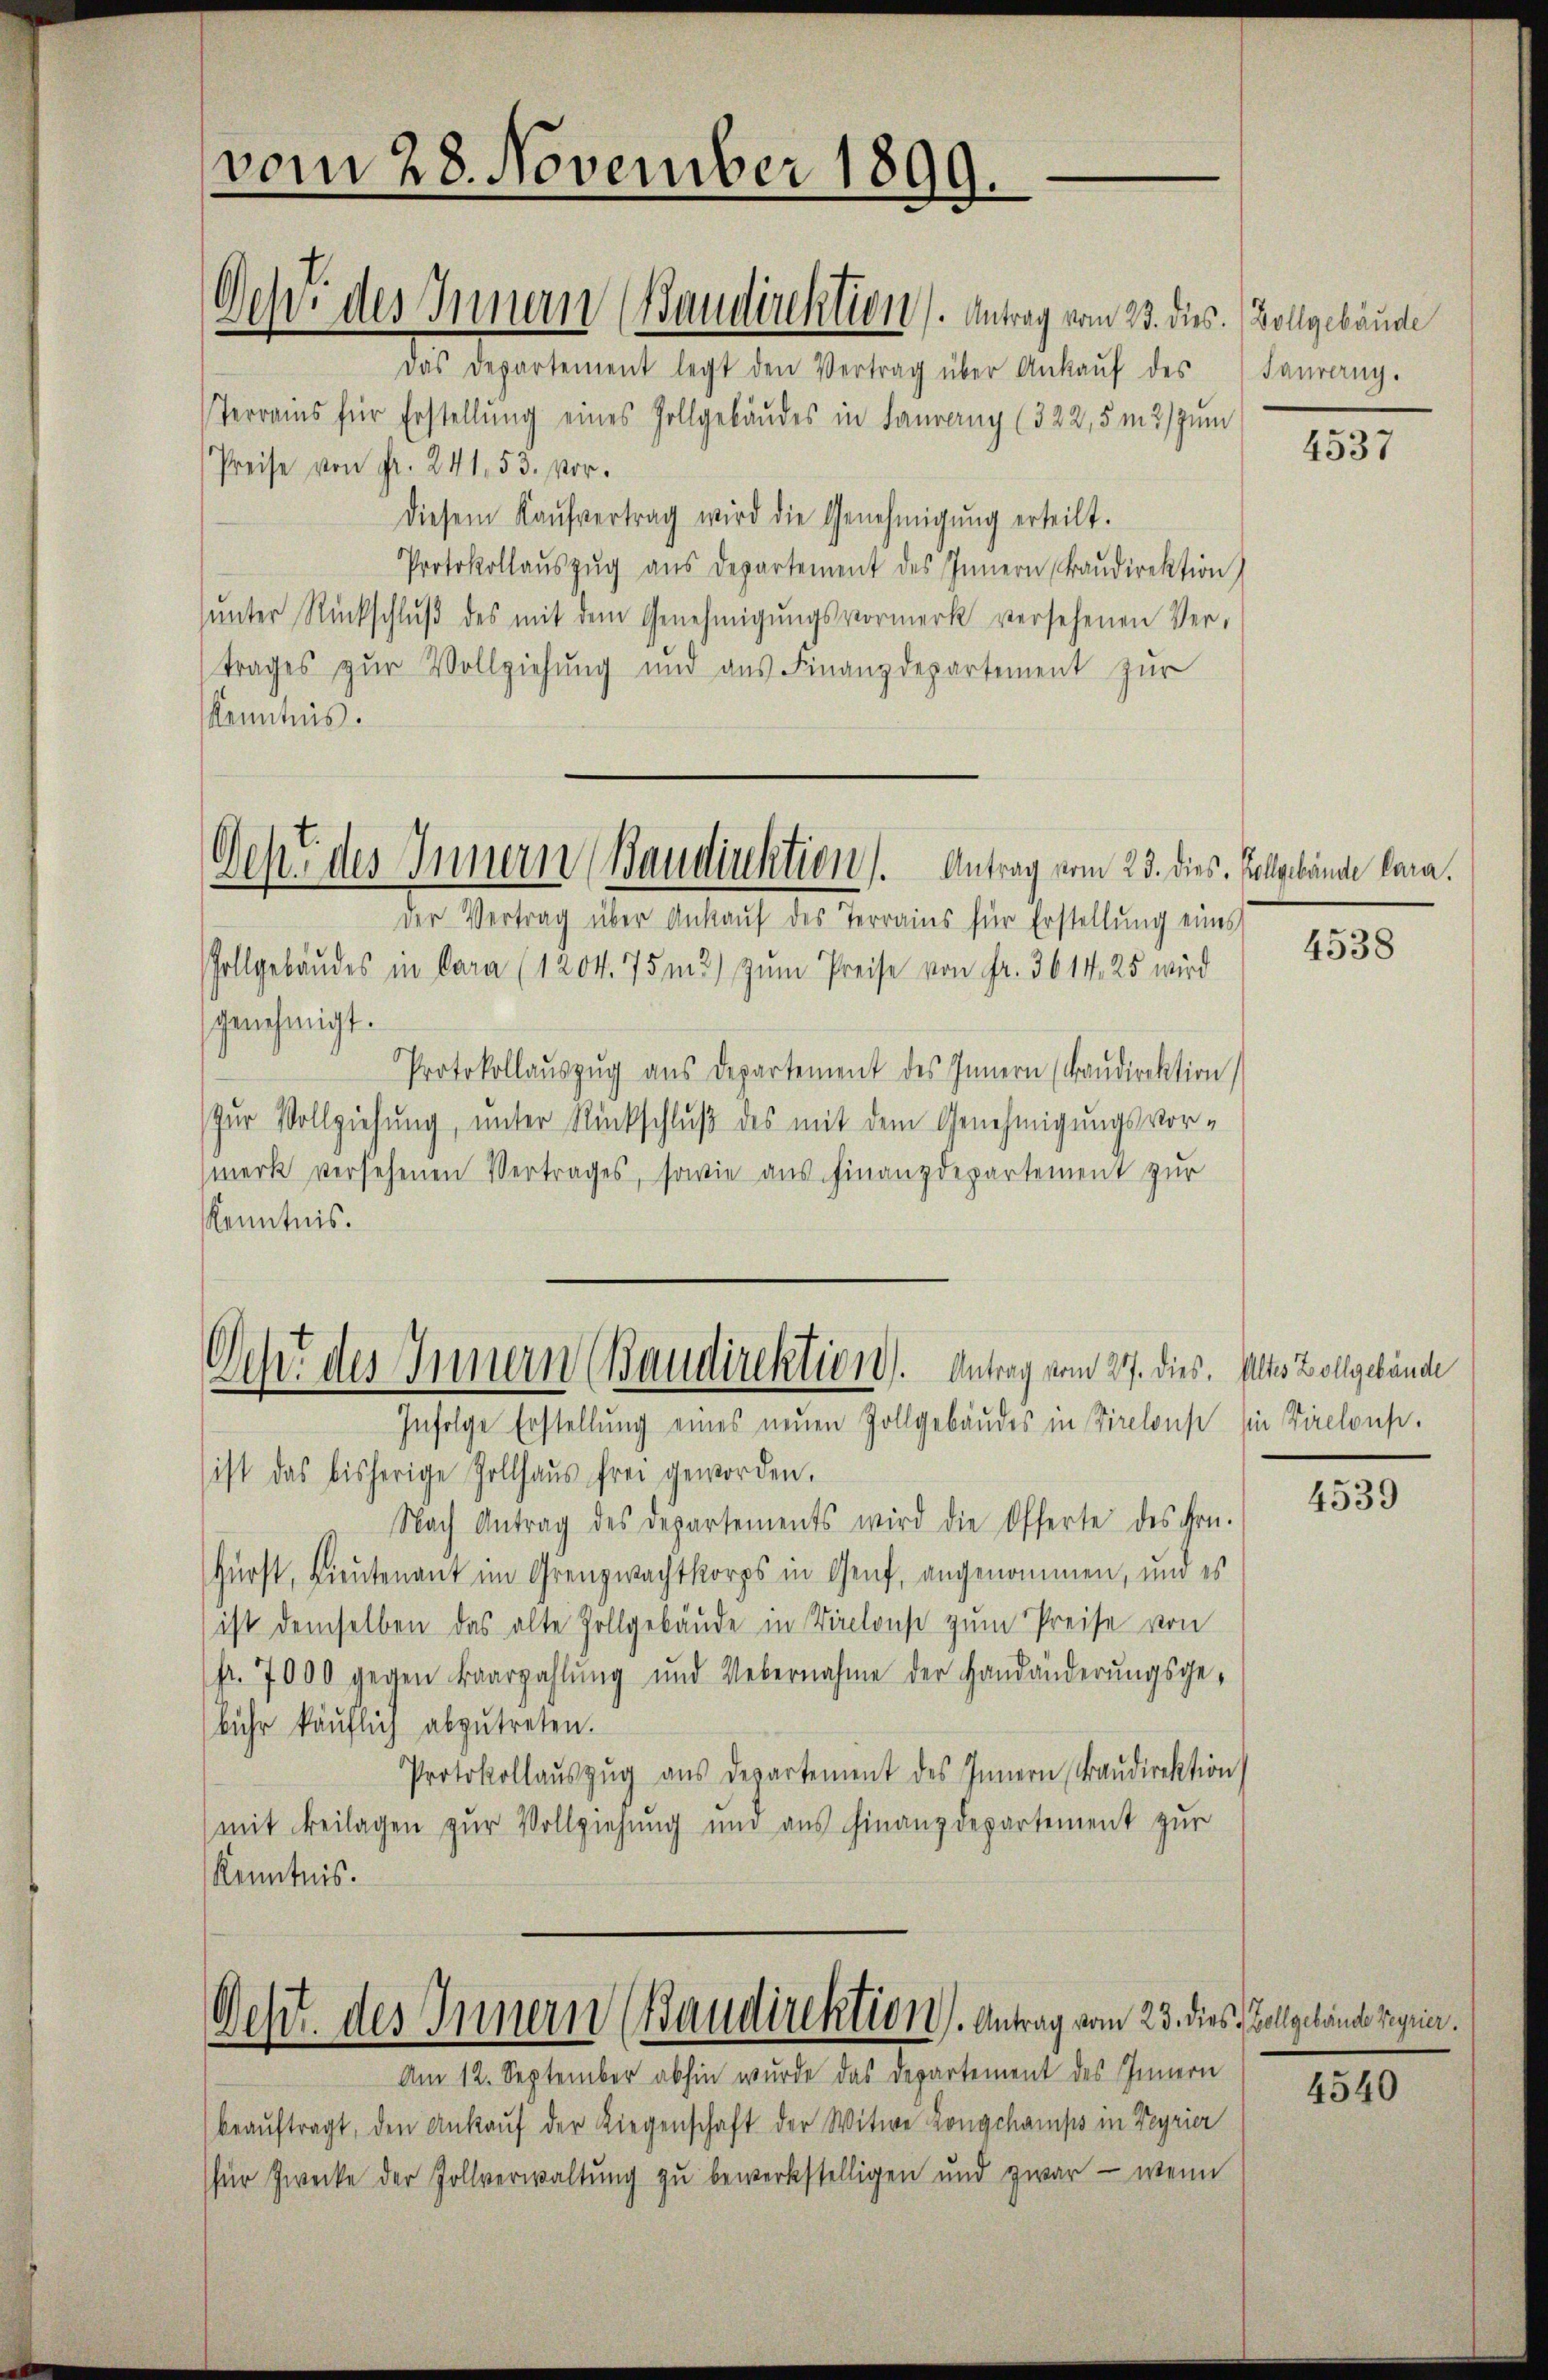
vom 28. November 1899.

Ochi des Innern (Baudirektion. Antrag vom 23. dies. Zollgebäude

Dehe des Innern Baudirektion). Antrag vom 23. dies, Folgelände bona.

das Departement legt den Vertrag über Ankaŭf des
Terrains für Erstellung eines Zollgebäudes in Laureny (322,5 m 2) zum
Preise von Fr. 241. 53. Vor-
diesem Kaŭfvertrag wird die Genehmigŭng erteilt.
Protokollaŭszŭg aŭs departement des Innern Baŭdirektion
ŭnter Rückschlŭβ des mit dem Genehmigŭngsvormerk versehenen Ver-
trages zur Vollziehung und aus Finanzdepartement zur
Kenntnis.
der Vertrag über Ankauf des Terrains für Erstellung eines
Zollgebäudes in Para (1204. 75m 2) zŭm Preise von Fr. 3614, 25 wird
genehmigt.
Protokollaŭszŭg aŭs departement des Innern (Baŭdirektion
Zur Vollziehung, unter Rückschluß des mit dem Genehmigungsvor¬
(merk versehenen Vertrages, sowie aus Finanzdepartement zur
Kenntnis.
Och des Innern (Baudirektion). Antrag vom 27. dies. Alles Zollgebäude
Infolge Erstellung eines neuen Zollgebäudes in Tirelous sie Virclous.
ist das bisherige Zollhaŭs frei geworden.
Nach Antrag des Departements wird die Offerte des Hrn.
Fürst, Lieutenant im Grenzwachtkorps in Genf, angenommen, und es
ist demselben das alte Zollgebäude in Vinclons zum Preise von
fr. 7000 gegen Baarzahlung und Uebernahme der Handänderungsgebŭhr käŭflich abzŭtreten.
Protokollaŭszŭg aŭs departement des Innern, Baŭdirektion
mit Beilagen zur Vollziehung und aus Finanzdepartement zur
Kenntnis.

Seht des Innern (Baudirektion. Antrag vom 23. dies Vollgelone regier

Am 12. September abhin wurde das Departement des Innern
beaŭftragt, den Ankaŭf der Liegenschaft der Witwe Longchamps in Feyrier
für Zwecke der Zollverwaltung zu bewerkstelligen und zwar - wenn

Sauverny.

4537

4538

4539

4540